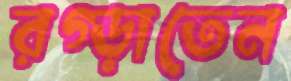
রগ্‌ড়াতেন